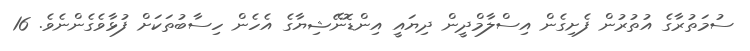
ސުމަތުރާގެ އުތުރުން ފެށިގެން އިސްލާމްދީން ދިޔައީ އިންޑޮނޭޝިޔާގެ އެހެން ހިސާބުތަކަށް ފުޅާވެގެންނެވެ. 16